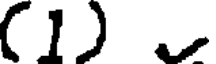
(1)